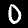
Label: 0